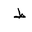
Letter: _da